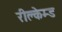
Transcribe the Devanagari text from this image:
रीक्लेम्ड